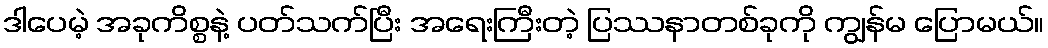
ဒါပေမဲ့ အခုကိစ္စနဲ့ ပတ်သက်ပြီး အရေးကြီးတဲ့ ပြဿနာတစ်ခုကို ကျွန်မ ပြောမယ်။